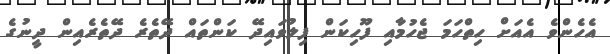
އެހެންވެ އެއަށް ހިތްހަމަ ޖެހުމާއި ފޫހިކަން ފިލުވައިދޭ ކަންތައް ދޭތެރެ ދޭތެރެއިން ދީނުގެ